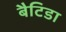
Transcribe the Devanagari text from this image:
बैटिडा